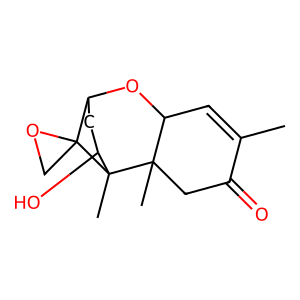
SMILES: CC1=CC2OC3CC(O)C(C)(C2(C)CC1=O)C31CO1
Inhibits HIV replication: No